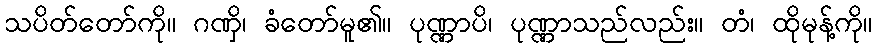
သပိတ်တော်ကို။ ဂဏှိ၊ ခံတော်မူ၏။ ပုဏ္ဏာပိ၊ ပုဏ္ဏာသည်လည်း။ တံ၊ ထိုမုန့်ကို။